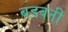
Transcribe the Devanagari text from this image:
बडवनी